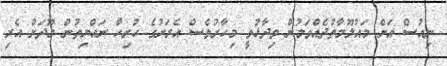
ނިއުސް އަށް މައުލޫމާތުދެއްވަމުން ވިދާޅުވީ މިހާރުވެސް އެރަށުގެ ހުރިހާ ރައްޔިތުން މޫދަށް އެރި